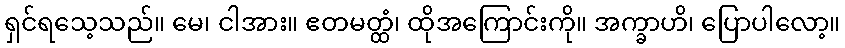
ရှင်ရသေ့သည်။ မေ၊ ငါအား။ ဧတမတ္ထံ၊ ထိုအကြောင်းကို။ အက္ခာဟိ၊ ပြောပါလော့။